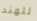
للهند